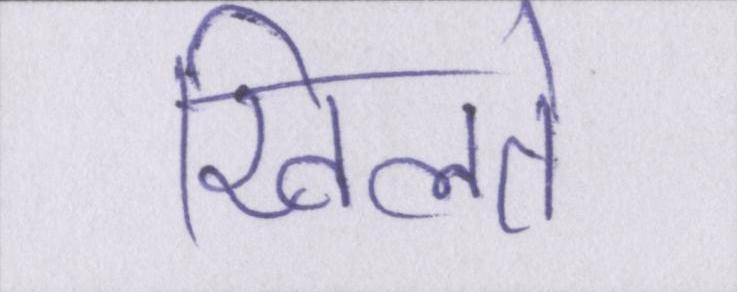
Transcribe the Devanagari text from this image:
खिलते